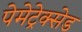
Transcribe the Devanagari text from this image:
पेमेट्रेक्सेड